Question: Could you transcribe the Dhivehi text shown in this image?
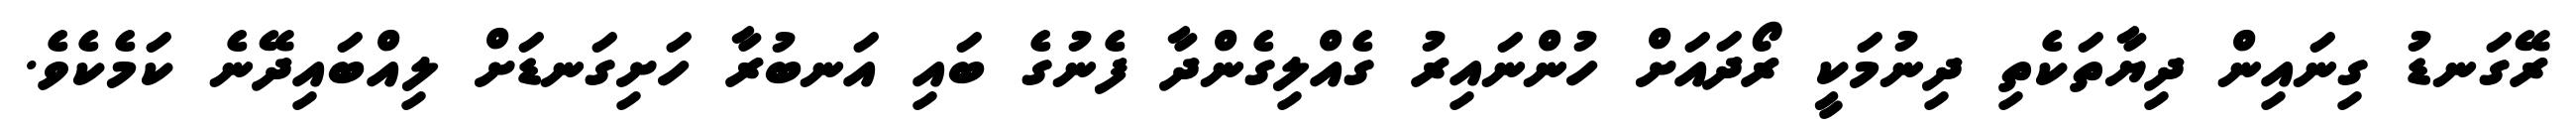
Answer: ރޭގަނޑު ގިނައިން ދިޔާތަކެތި ދިނުމަކީ ރޯދައަށް ހުންނައިރު ގެއްލިގެންދާ ފެނުގެ ބައި އަނބުރާ ހަށިގަނޑަށް ލިއްބައިދޭނެ ކަމެކެވެ.